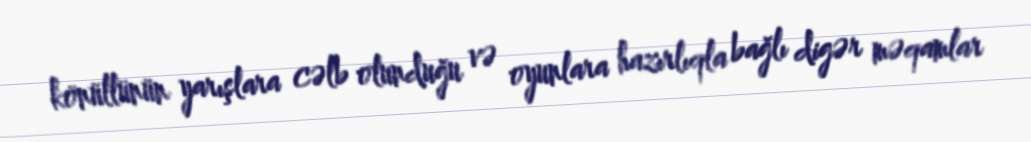
könüllünün yarışlara cəlb olunduğu və oyunlara hazırlıqla bağlı digər məqamlar